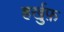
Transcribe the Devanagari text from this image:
हर्खुफ़